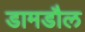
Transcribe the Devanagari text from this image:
डामडौल